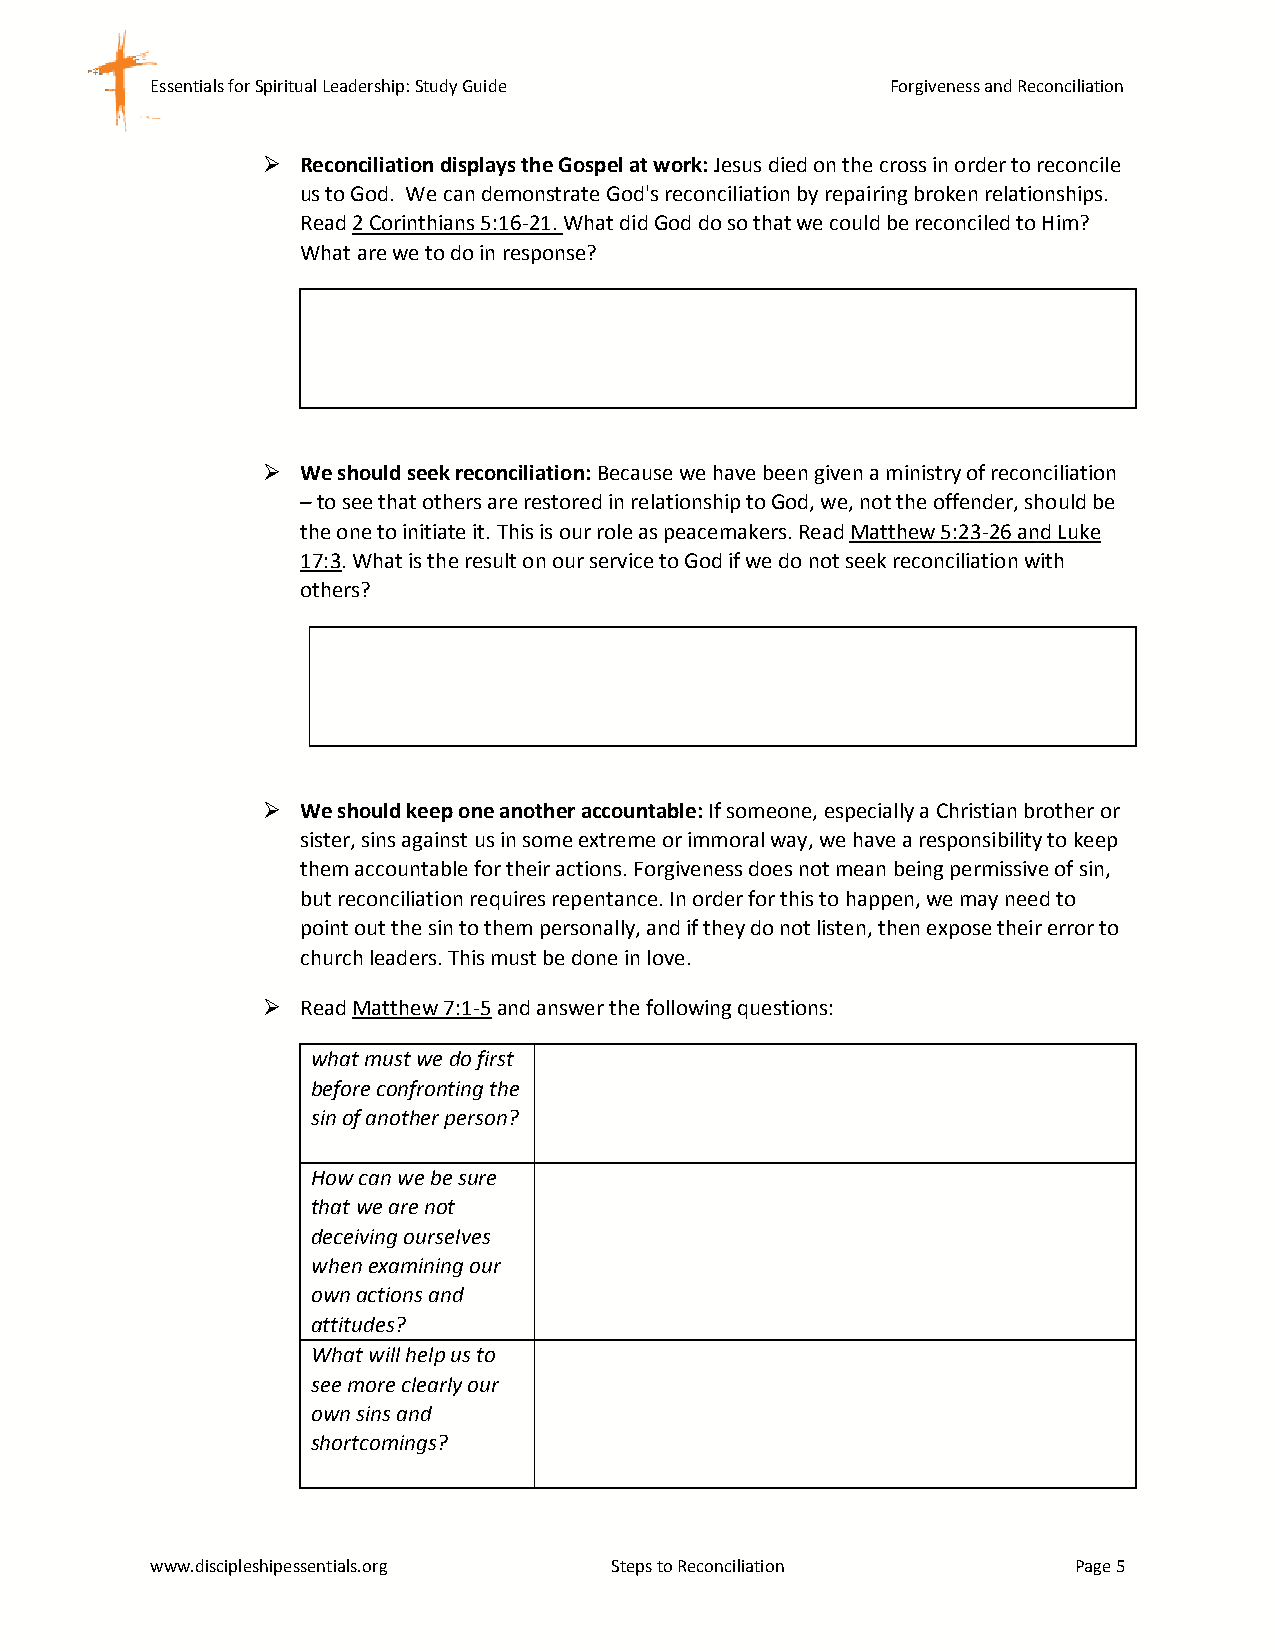
Essentials for Spiritual Leadership: Study Guide Forgiveness and Reconciliation
   Reconciliation displays the Gospel at work: Jesus died on the cross in order to reconcile
 us to God. We can demonstrate God's reconciliation by repairing broken relationships.
 Read 2 Corinthians 5:16-21. What did God do so that we could be reconciled to Him?
 What are we to do in response?
   We should seek reconciliation: Because we have been given a ministry of reconciliation
 – to see that others are restored in relationship to God, we, not the offender, should be
 the one to initiate it. This is our role as peacemakers. Read Matthew 5:23-26 and Luke
 17:3. What is the result on our service to God if we do not seek reconciliation with
 others?
   We should keep one another accountable: If someone, especially a Christian brother or
 sister, sins against us in some extreme or immoral way, we have a responsibility to keep
 them accountable for their actions. Forgiveness does not mean being permissive of sin,
 but reconciliation requires repentance. In order for this to happen, we may need to
 point out the sin to them personally, and if they do not listen, then expose their error to
 church leaders. This must be done in love.
   Read Matthew 7:1-5 and answer the following questions:
 what must we do first
 before confronting the
 sin of another person?
 How can we be sure
 that we are not
 deceiving ourselves
 when examining our
 own actions and
 attitudes?
 What will help us to
 see more clearly our
 own sins and
 shortcomings?
 www.discipleshipessentials.org Steps to Reconciliation       Page 5